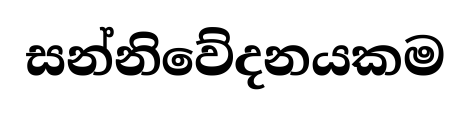
සන්නිවේදනයකම